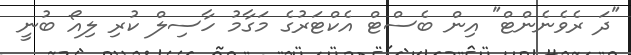
"ދަ ރެވެނެންޓް" އިން ބެސްޓް އެކްޓަރުގެ މަގާމު ހާސިލް ކުރި ލިއޯ ބުނީ